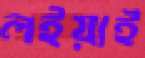
লইয়াই